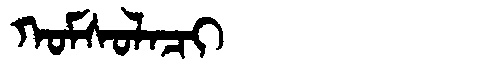
Manchu: ᡴᠣᠮᠰᠣᠯᠠᠴᡳ
Romanization: KOMSOLACI